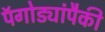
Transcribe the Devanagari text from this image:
पॅगोड्यांपैकी